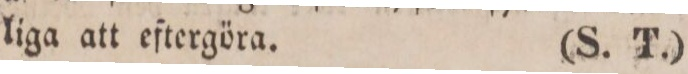
liga att eftergöra.    (S. T.)